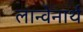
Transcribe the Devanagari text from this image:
लान्वेनार्थ